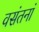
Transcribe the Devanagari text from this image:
वसंतनां